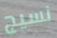
نسيج